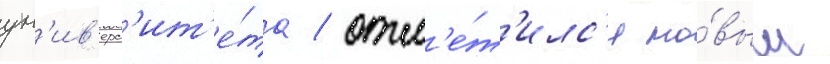
ун'ив'ерс'ит'е́та / отм'е́т'илс'я но́вым